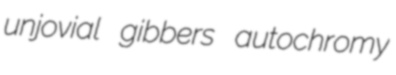
unjovial gibbers autochromy